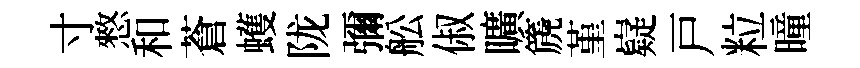
寸憗和蒼蠖陇彌舩俶曠篪堇嶷戸粒曈